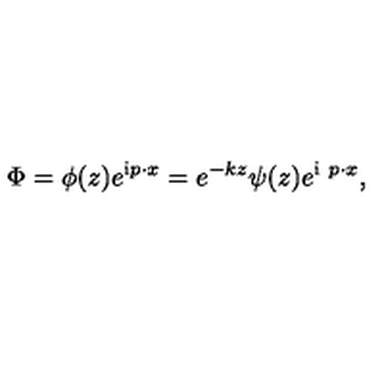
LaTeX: \Phi = \phi ( z ) e ^ { \mathrm { i } p \cdot x } = e ^ { - k z } \psi ( z ) e ^ { \mathrm { i } \ p \cdot x } ,